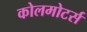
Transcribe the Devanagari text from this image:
कोलमोटर्स